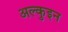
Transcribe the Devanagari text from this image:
अल्कुइन